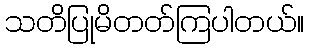
သတိပြုမိတတ်ကြပါတယ်။